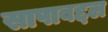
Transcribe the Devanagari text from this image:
सापाबद्दल